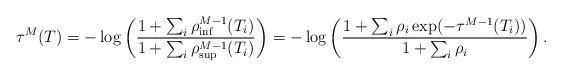
LaTeX: \begin{align*}\tau^M(T) = -\log\left(\frac{1+\sum_{i}\rho^{M-1}_{\inf}(T_i)}{1+\sum_{i}\rho^{M-1}_{\sup}(T_i)}\right) = -\log\left(\frac{1+\sum_{i}\rho_i\exp(-\tau^{M-1}(T_i))}{1+\sum_{i}\rho_i}\right).\end{align*}